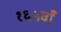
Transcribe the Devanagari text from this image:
१६५वाँ